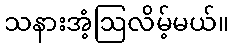
သနားအံ့ဩလိမ့်မယ်။